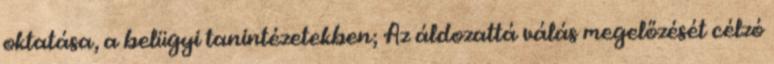
oktatása, a belügyi tanintézetekben; Az áldozattá válás megelőzését célzó